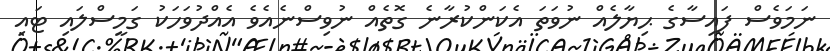
ނަމަވެސް ފައިސާގެ ޙިޔާލެއް ނުވަތަ އެކަންކުރާނެ ގޮތެއް ނުވިސްނެއެވެ އެއްދުވަހަކު ގަމީސްލައި ޓައި